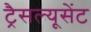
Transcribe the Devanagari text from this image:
ट्रैसल्यूसेंट